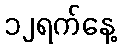
၁၂ရက်နေ့